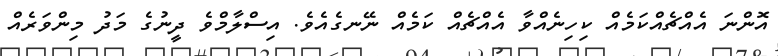
އޮންނަ އެއްޗެއްކަމެއް ކިހިނެއްވާ އެއްޗެއް ކަމެއް ނޭނގެއެވެ. އިސްލާމްވެ ދީނުގެ މަދު މިންވަރެއް